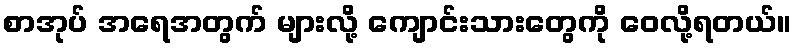
စာအုပ် အရေအတွက် များလို့ ကျောင်းသားတွေကို ဝေလို့ရတယ်။